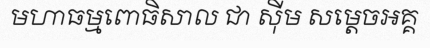
មហាធម្មពោធិសាល ជា ស៊ីម សម្តេចអគ្គ